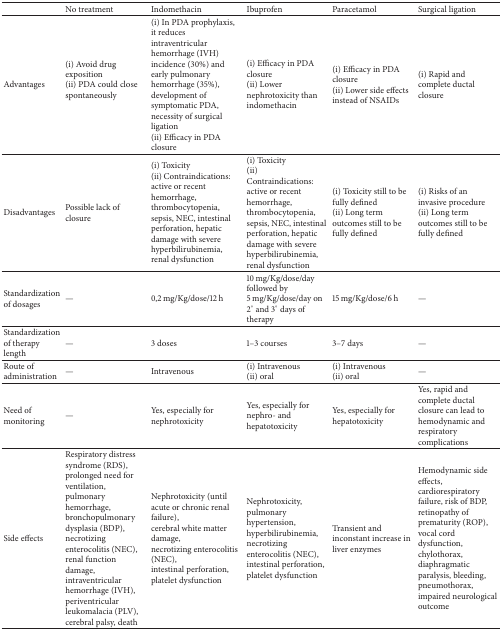
<table><thead><tr><td><b> </b></td><td><b>No treatment</b></td><td><b>Indomethacin</b></td><td><b>Ibuprofen</b></td><td><b>Paracetamol</b></td><td><b>Surgical ligation</b></td></tr></thead><tbody><tr><td>Advantages</td><td>(i) Avoid drug exposition (ii) PDA could close spontaneously</td><td>(i) In PDA prophylaxis, it reduces intraventricular hemorrhage (IVH) incidence (30%) and early pulmonary hemorrhage (35%), development of symptomatic PDA, necessity of surgical ligation(ii) Efficacy in PDA closure</td><td>(i) Efficacy in PDA closure(ii) Lower nephrotoxicity than indomethacin</td><td>(i) Efficacy in PDA closure(ii) Lower side effects instead of NSAIDs</td><td>(i) Rapid and complete ductal closure</td></tr><tr><td>Disadvantages</td><td>Possible lack of closure</td><td>(i) Toxicity(ii) Contraindications: active or recent hemorrhage, thrombocytopenia, sepsis, NEC, intestinal perforation, hepatic damage with severe hyperbilirubinemia, renal dysfunction</td><td>(i) Toxicity(ii) Contraindications: active or recent hemorrhage, thrombocytopenia, sepsis, NEC, intestinal perforation, hepatic damage with severe hyperbilirubinemia, renal dysfunction</td><td>(i) Toxicity still to be fully defined(ii) Long term outcomes still to be fully defined</td><td>(i) Risks of an invasive procedure(ii) Long term outcomes still to be fully defined</td></tr><tr><td>Standardization of dosages</td><td>—</td><td>0,2 mg/Kg/dose/12 h</td><td>10 mg/Kg/dose/day followed by 5 mg/Kg/dose/day on 2° and 3° days of therapy</td><td>15 mg/Kg/dose/6 h</td><td>—</td></tr><tr><td>Standardization of therapy length</td><td>—</td><td>3 doses</td><td>1–3 courses</td><td>3–7 days</td><td>—</td></tr><tr><td>Route of administration</td><td>—</td><td>Intravenous</td><td>(i) Intravenous(ii) oral</td><td>(i) Intravenous(ii) oral</td><td>—</td></tr><tr><td>Need of monitoring</td><td>—</td><td>Yes, especially for nephrotoxicity</td><td>Yes, especially for nephro- and hepatotoxicity</td><td>Yes, especially for hepatotoxicity</td><td>Yes, rapid and complete ductal closure can lead to hemodynamic and respiratory complications</td></tr><tr><td>Side effects</td><td>Respiratory distress syndrome (RDS), prolonged need for ventilation, pulmonary hemorrhage, bronchopulmonary dysplasia (BDP), necrotizing enterocolitis (NEC), renal function damage, intraventricular hemorrhage (IVH), periventricular leukomalacia (PLV), cerebral palsy, death</td><td>Nephrotoxicity (until acute or chronic renal failure),cerebral white matter damage,necrotizing enterocolitis (NEC),intestinal perforation,platelet dysfunction</td><td>Nephrotoxicity, pulmonary hypertension, hyperbilirubinemia,necrotizing enterocolitis (NEC),intestinal perforation,platelet dysfunction</td><td>Transient and inconstant increase in liver enzymes</td><td>Hemodynamic side effects, cardiorespiratory failure, risk of BDP, retinopathy of prematurity (ROP), vocal cord dysfunction, chylothorax, diaphragmatic paralysis, bleeding, pneumothorax, impaired neurological outcome</td></tr></tbody></table>